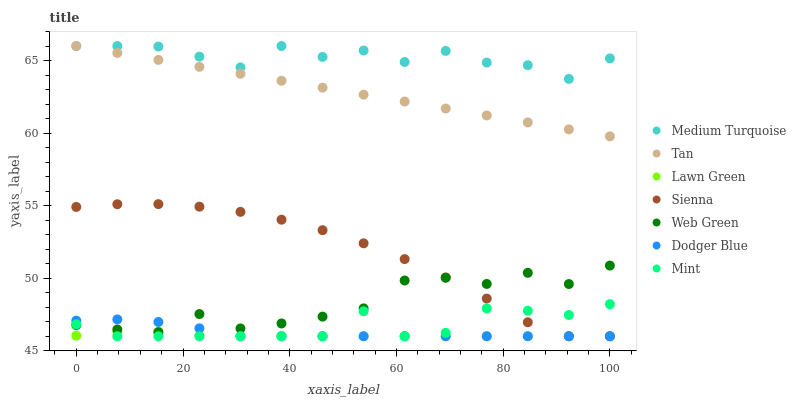
| xaxis_label | Medium Turquoise | Tan | Lawn Green | Sienna | Web Green | Dodger Blue | Mint |
 | --- | --- | --- | --- | --- | --- | --- | --- |
 | 0 | 66 | 66 | 46 | 54.9 | 46.8 | 47.1 | 46.8 |
 | 7.69 | 66 | 65.5 | 46.3 | 55.1 | 46.5 | 47.2 | 46 |
 | 15.4 | 66 | 65 | 46.3 | 55.1 | 46.3 | 47 | 46 |
 | 23.1 | 65.3 | 64.6 | 46 | 54.9 | 47.5 | 46.5 | 46 |
 | 30.8 | 64.5 | 64.1 | 46 | 54.6 | 46.5 | 46 | 46 |
 | 38.5 | 66 | 63.6 | 46 | 54 | 46.9 | 46 | 46 |
 | 46.2 | 65.2 | 63.1 | 46 | 53.3 | 47.4 | 46 | 46 |
 | 53.8 | 65.7 | 62.6 | 46 | 52.4 | 47.9 | 46 | 47.7 |
 | 61.5 | 64.9 | 62.2 | 46 | 51.3 | 49.8 | 46 | 46 |
 | 69.2 | 65.7 | 61.7 | 46 | 50 | 50 | 46 | 46.2 |
 | 76.9 | 64.9 | 61.2 | 46 | 48.6 | 49.6 | 46 | 47.9 |
 | 84.6 | 64.7 | 60.7 | 46 | 47 | 50.4 | 46 | 47.8 |
 | 92.3 | 63.7 | 60.3 | 46 | 46 | 49.6 | 46 | 47.5 |
 | 100 | 65.1 | 59.8 | 46 | 46 | 50.9 | 46 | 48.2 |